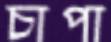
চাপা